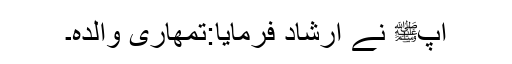
آپﷺ نے ارشاد فرمایا:تمھاری والدہ۔